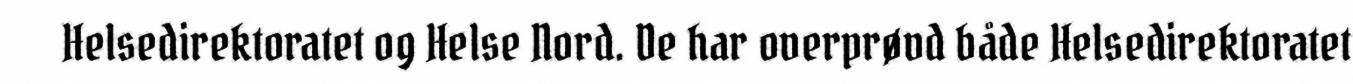
Helsedirektoratet og Helse Nord. De har overprøvd både Helsedirektoratet